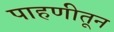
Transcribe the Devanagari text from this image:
पाहणीतून